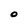
Character: 0